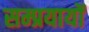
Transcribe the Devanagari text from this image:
सम्प्रयायों